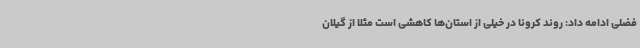
فضلی ادامه داد: روند کرونا در خیلی از استان‌ها کاهشی است مثلا از گیلان